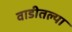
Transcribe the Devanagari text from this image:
वाडीतल्या